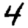
Digit: 4